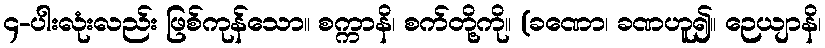
၄-ပါးလုံးလည်း ဖြစ်ကုန်သော။ စက္ကာနိ၊ စက်တို့ကို။ (ခဏော၊ ခဏဟူ၍။ ဉေယျာနိ၊